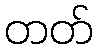
တတ်